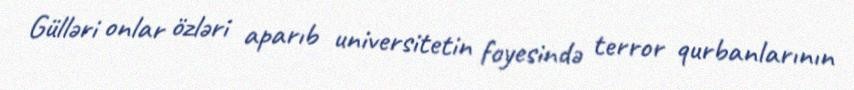
Gülləri onlar özləri aparıb universitetin foyesində terror qurbanlarının